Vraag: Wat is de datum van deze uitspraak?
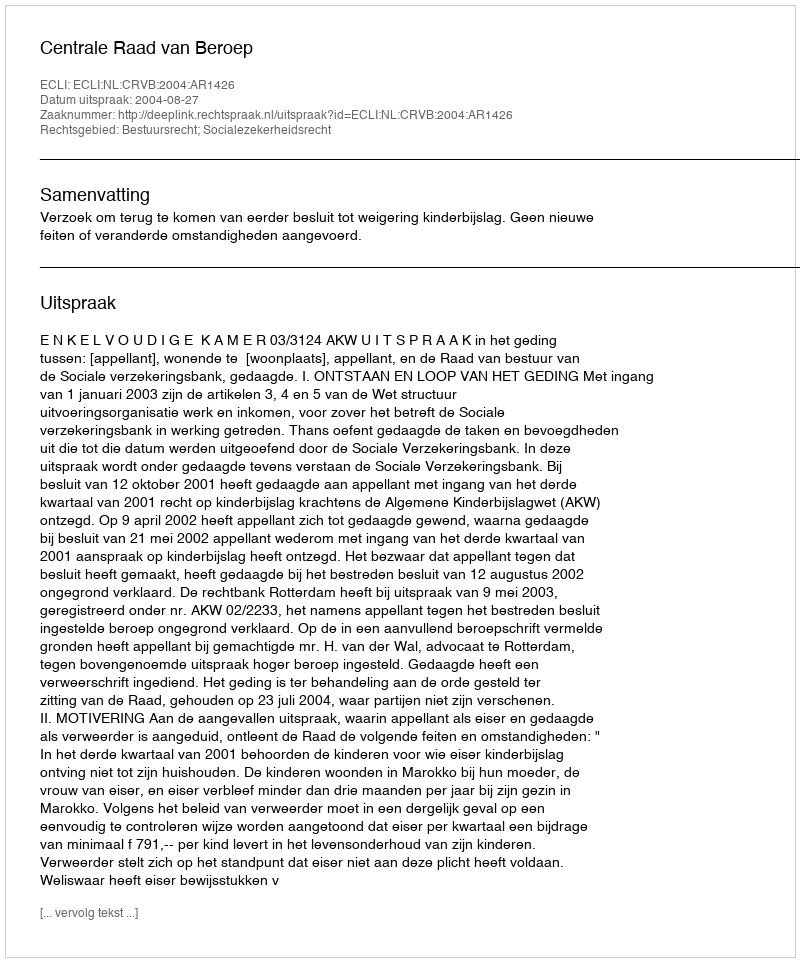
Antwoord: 2004-08-27